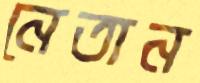
নেতান